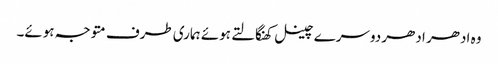
وہ ادھر ادھر دوسرے چینل کھنگالتے ہوئے ہماری طرف متوجہ ہوئے۔